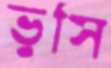
ভুসি